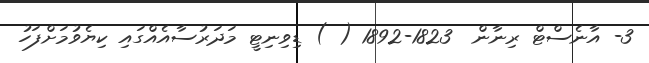
3- އާނެސްޓް ރިނާން  1823-1892 ( ) ޑިވިނިޓީ މަދަރުސާއެއްގައި ކިޔެވުމަށްފަހު